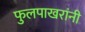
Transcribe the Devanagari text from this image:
फुलपाखरांनी